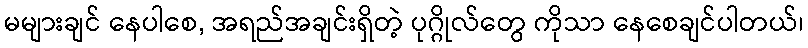
မများချင် နေပါစေ, အရည်အချင်းရှိတဲ့ ပုဂ္ဂိုလ်တွေ ကိုသာ နေစေချင်ပါတယ်၊